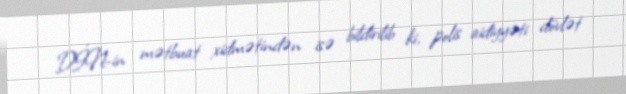
DİN-in mətbuat xidmətindən isə bildirilib ki, polis aidiyyəti dövlət